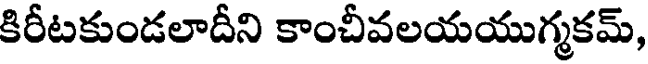
కిరీటకుండలాదీని కాంచీవలయయుగ్మకమ్,